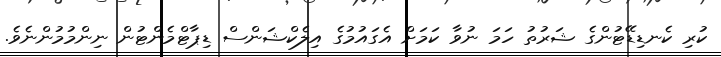
ކުރި ކެނޑިޑޭޓުންގެ ޝަރުތު ހަމަ ނުވާ ކަމަށް އެގައުމުގެ އިލެކްޝަންސް ޑިޕާޓްމެންޓުން ނިންމުމުންނެވެ.